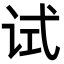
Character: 试